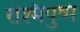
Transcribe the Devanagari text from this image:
रश्मिपुष्प